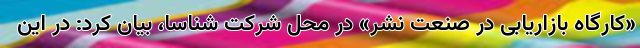
«کارگاه بازاریابی در صنعت نشر» در محل شرکت شناسا، بیان کرد: در این